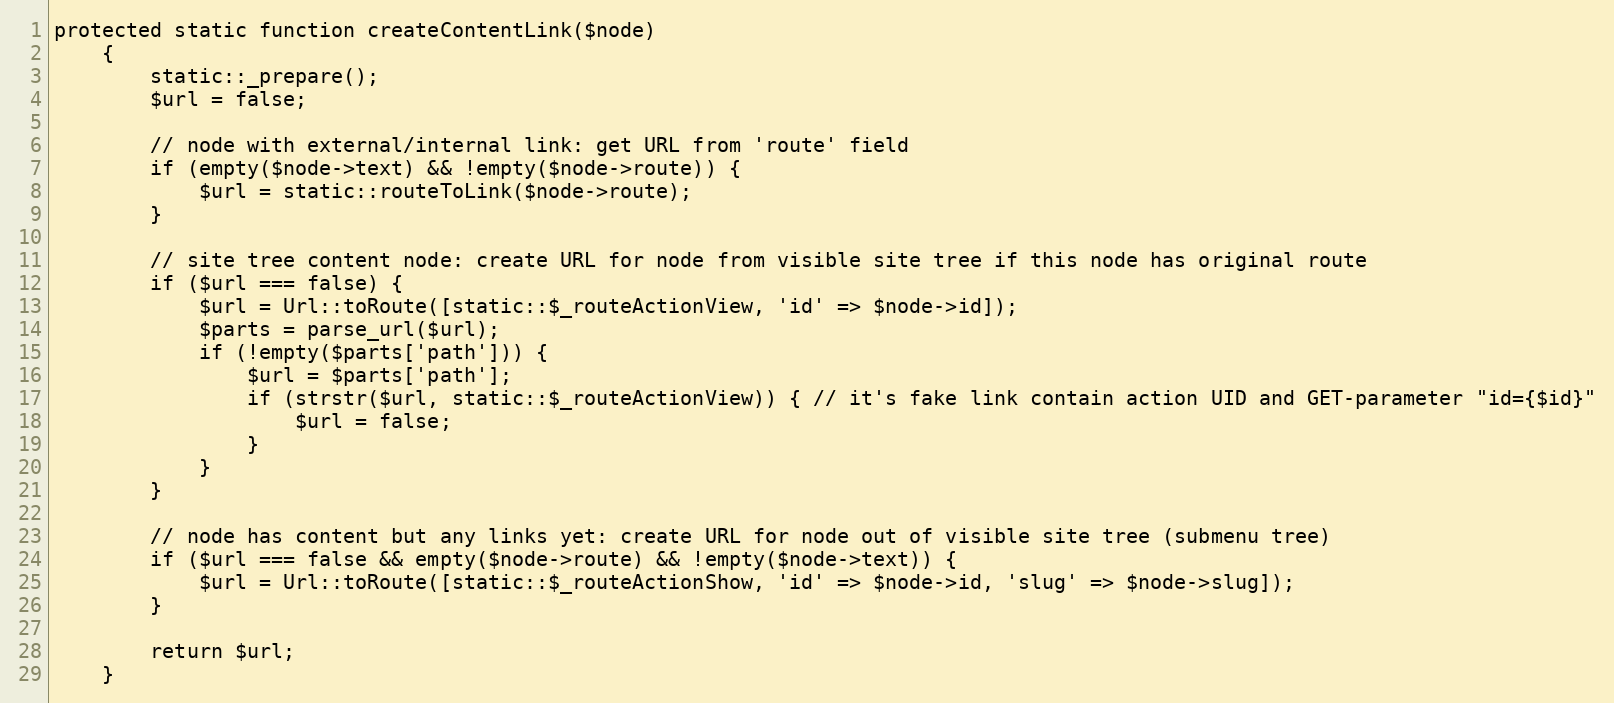
Language: PHP
protected static function createContentLink($node)
    {
        static::_prepare();
        $url = false;

        // node with external/internal link: get URL from 'route' field
        if (empty($node->text) && !empty($node->route)) {
            $url = static::routeToLink($node->route);
        }

        // site tree content node: create URL for node from visible site tree if this node has original route
        if ($url === false) {
            $url = Url::toRoute([static::$_routeActionView, 'id' => $node->id]);
            $parts = parse_url($url);
            if (!empty($parts['path'])) {
                $url = $parts['path'];
                if (strstr($url, static::$_routeActionView)) { // it's fake link contain action UID and GET-parameter "id={$id}"
                    $url = false;
                }
            }
        }

        // node has content but any links yet: create URL for node out of visible site tree (submenu tree)
        if ($url === false && empty($node->route) && !empty($node->text)) {
            $url = Url::toRoute([static::$_routeActionShow, 'id' => $node->id, 'slug' => $node->slug]);
        }

        return $url;
    }